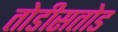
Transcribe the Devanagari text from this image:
तोडीसतोड